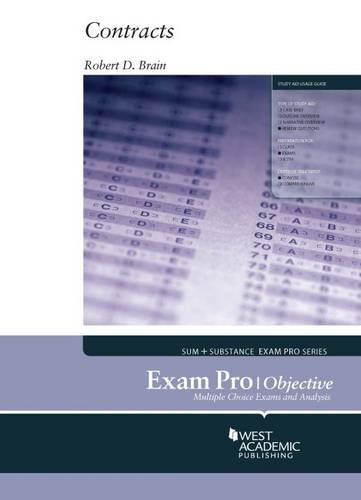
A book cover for Exam Pro on Contracts, Objective; Robert Brain; Law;